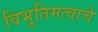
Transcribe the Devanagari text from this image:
विभूतिमत्वाचे